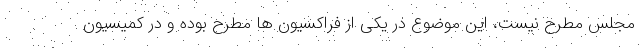
مجلس مطرح نیست، این موضوع در یکی از فراکسیون ها مطرح بوده و در کمیسیون